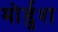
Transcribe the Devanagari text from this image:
मोर्डुश